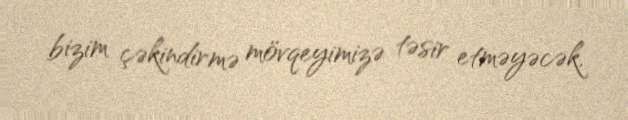
bizim çəkindirmə mövqeyimizə təsir etməyəcək.